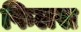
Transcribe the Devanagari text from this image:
फिलस